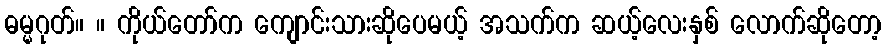
ဓမ္မဂုတ်။ ။ ကိုယ်တော်က ကျောင်းသားဆိုပေမယ့် အသက်က ဆယ့်လေးနှစ် လောက်ဆိုတော့